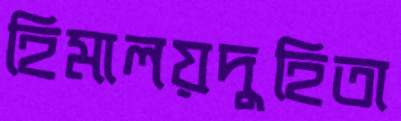
হিমালয়দুহিতা